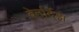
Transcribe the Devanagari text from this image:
बेर्नार्देझ